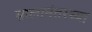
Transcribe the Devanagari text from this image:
सालानंतरच्या